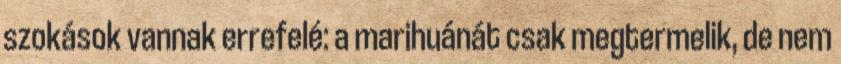
szokások vannak errefelé: a marihuánát csak megtermelik, de nem